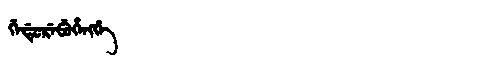
Manchu: ᡤᡝᡩᡠᡵᡝᠪᡠᡥᡝᠩᡤᡝ
Romanization: GEDUREBUHENGGE